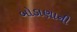
બોડાણાની